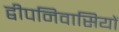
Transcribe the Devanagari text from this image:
द्वीपनिवासियों